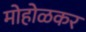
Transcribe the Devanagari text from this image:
मोहोळकर